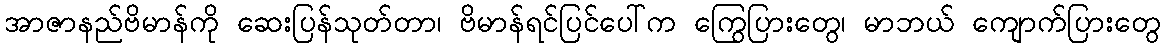
အာဇာနည်ဗိမာန်ကို ဆေးပြန်သုတ်တာ၊ ဗိမာန်ရင်ပြင်ပေါ်က ကြွေပြားတွေ၊ မာဘယ် ကျောက်ပြားတွေ